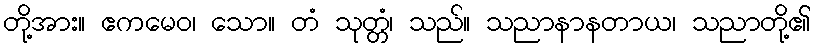
တို့အား။ ဧကမေဝ၊ သော။ တံ သုတ္တံ၊ သည်။ သညာနာနတာယ၊ သညာတို့၏